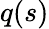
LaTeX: q(s)